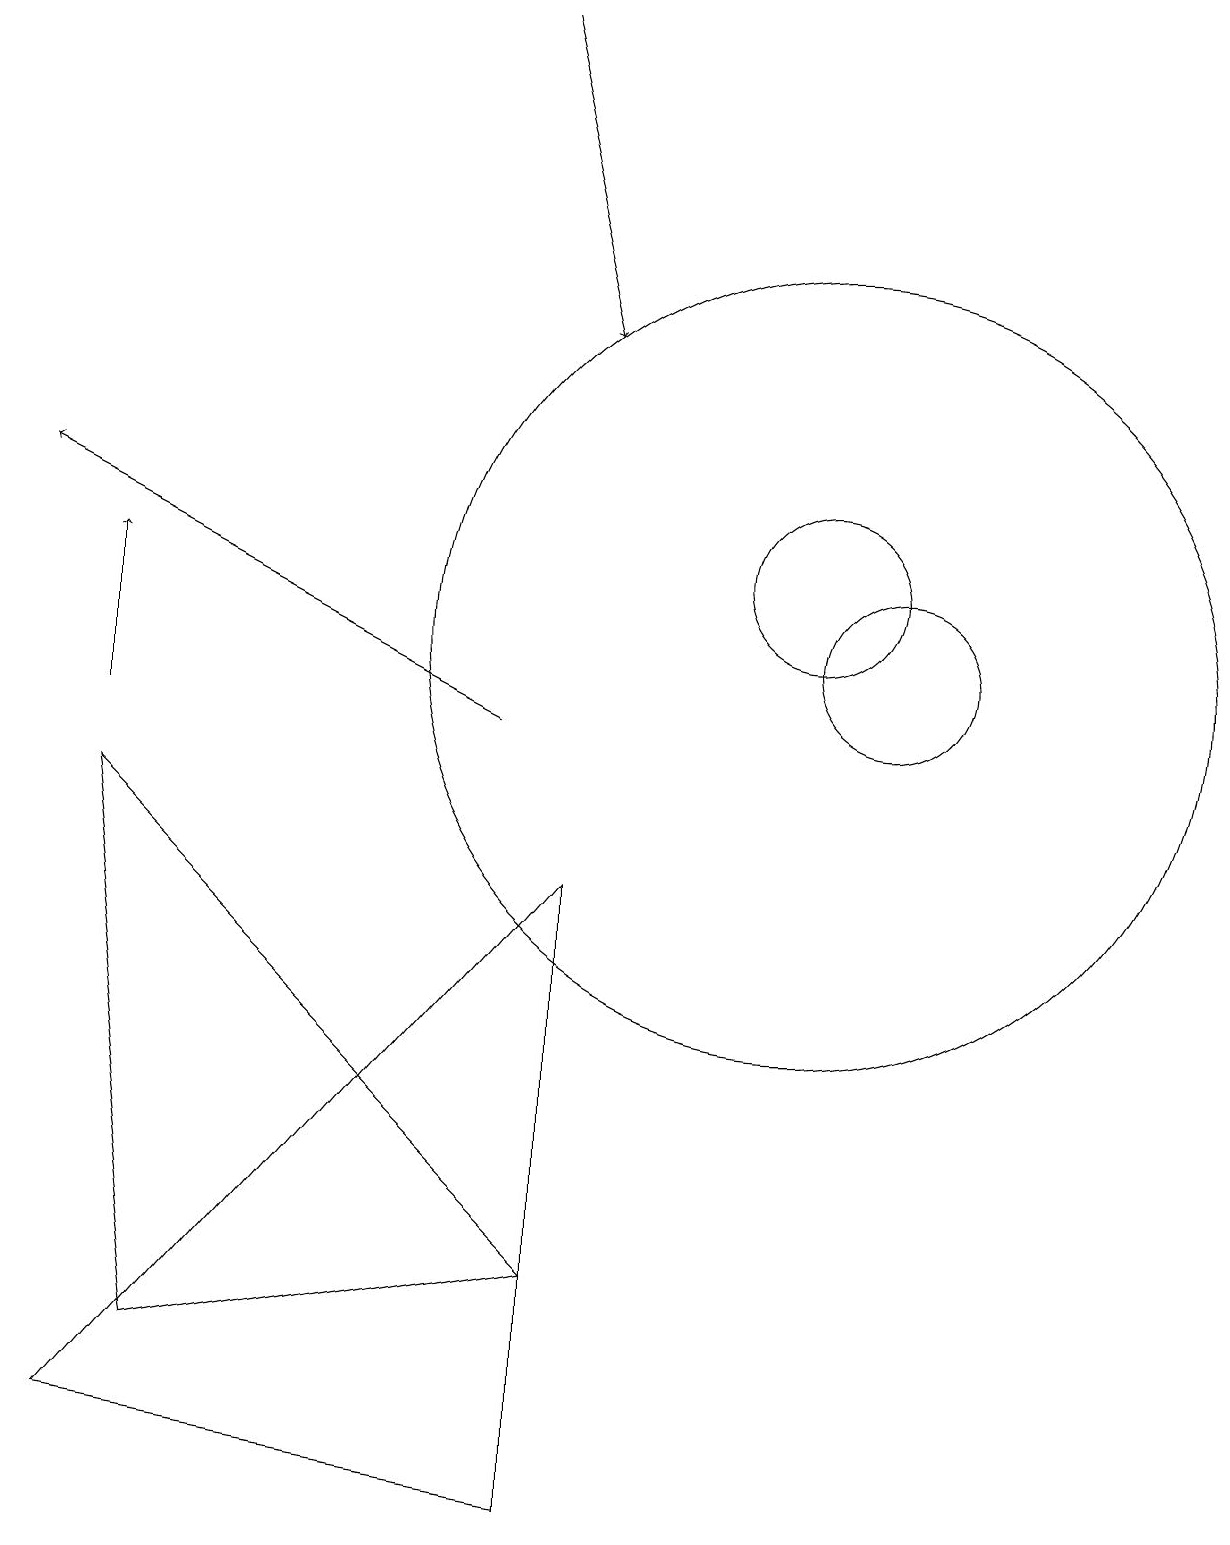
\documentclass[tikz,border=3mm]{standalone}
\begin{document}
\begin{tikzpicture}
\draw (7,8) -- (1,1) -- (7,0) -- cycle;
\draw[->] (6,19) -- (7,15);
\draw (11,11) circle (1);
\draw (10,11) circle (5);
\draw (10,12) circle (1);
\draw (7,3) -- (1,9) -- (2,2) -- cycle;
\draw[->] (6,10) -- (0,13);
\draw[->] (1,10) -- (1,12);
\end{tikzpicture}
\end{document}